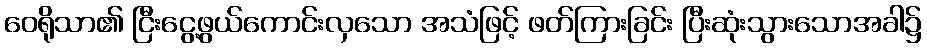
ဝေရိုသာ၏ ငြီးငွေ့ဖွယ်ကောင်းလှသော အသံဖြင့် ဖတ်ကြားခြင်း ပြီးဆုံးသွားသောအခါ၌